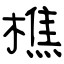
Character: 樵